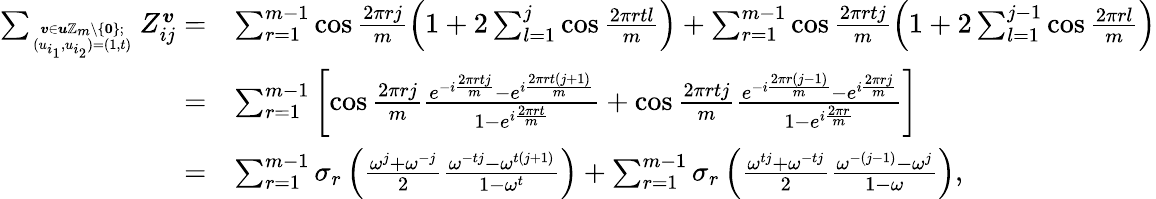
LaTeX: \begin{array}{rl}{\sum_{\boldsymbol{v}\in\boldsymbol{u}\mathbb{Z}_{m}\setminus\{ \textbf{0}\} ;\atop(u_{i_{1}},u_{i_{2}})=(1,t)}Z_{ij}^{\boldsymbol{v}}=}&{\sum_{r=1}^{m-1}\cos\frac{2\pi rj}{m}\left(1+2\sum_{l=1}^{j}\cos\frac{2\pi rtl}{m}\right)+\sum_{r=1}^{m-1}\cos\frac{2\pi rtj}{m}\left(1+2\sum_{l=1}^{j-1}\cos\frac{2\pi rl}{m}\right)}\\ {=}&{\sum_{r=1}^{m-1}\left[\cos\frac{2\pi rj}{m}\frac{e^{-i\frac{2\pi rtj}{m}}-e^{i\frac{2\pi rt(j+1)}{m}}}{1-e^{i\frac{2\pi rt}{m}}}+\cos\frac{2\pi rtj}{m}\frac{e^{-i\frac{2\pi r(j-1)}{m}}-e^{i\frac{2\pi rj}{m}}}{1-e^{i\frac{2\pi r}{m}}}\right]}\\ {=}&{\sum_{r=1}^{m-1}\sigma_{r}\left(\frac{\omega^{j}+\omega^{-j}}{2}\frac{\omega^{-tj}-\omega^{t(j+1)}}{1-\omega^{t}}\right)+\sum_{r=1}^{m-1}\sigma_{r}\left(\frac{\omega^{tj}+\omega^{-tj}}{2}\frac{\omega^{-(j-1)}-\omega^{j}}{1-\omega}\right),}\end{array}